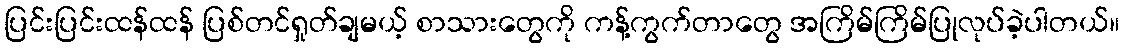
ပြင်းပြင်းထန်ထန် ပြစ်တင်ရှုတ်ချမယ့် စာသားတွေကို ကန့်ကွက်တာတွေ အကြိမ်ကြိမ်ပြုလုပ်ခဲ့ပါတယ်။